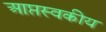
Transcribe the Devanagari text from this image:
आप्तस्वकीय